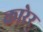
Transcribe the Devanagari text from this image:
कारेर